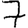
Digit: 7